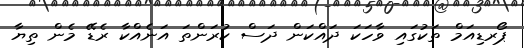
ޕޯރޑިއަމް ތަކުގައި ވާހަކަ ދައްކަން ދަސް ކުރަންތަ އަނެއްކާ ރެޑޭ މެން ތިޔާ